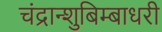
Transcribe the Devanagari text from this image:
चंद्रान्शुबिम्बाधरी